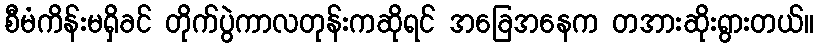
စီမံကိန်းမရှိခင် တိုက်ပွဲကာလတုန်းကဆိုရင် အခြေအနေက တအားဆိုးရွားတယ်။